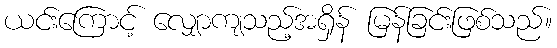
ယင်းကြောင့် လျှောကျသည့်အရှိန် မြန်ခြင်းဖြစ်သည်။